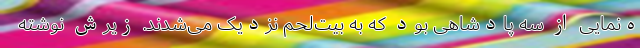
ه‌نمایی از سه پادشاهی بود که به بیت‌لحم نزدیک می‌شدند. زیرش نوشته